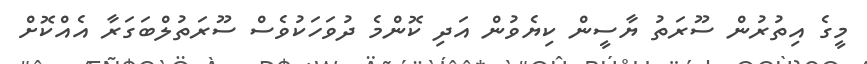
މީގެ އިތުރުން ސޫރަތު ޔާސީން ކިޔެވުން އަދި ކޮންމެ ދުވަހަކުވެސް ސޫރަތުލްބަގަރާ އެއްކޮށް